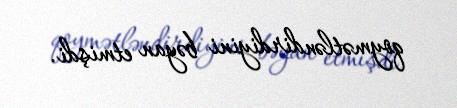
qoymətləndirdiyini bəyan etmişdi.